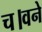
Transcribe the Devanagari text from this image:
च।वने